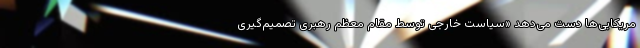
مریکایی‌ها دست می‌دهد «سیاست خارجی توسط مقام معظم رهبری تصمیم‌گیری